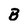
Character: B